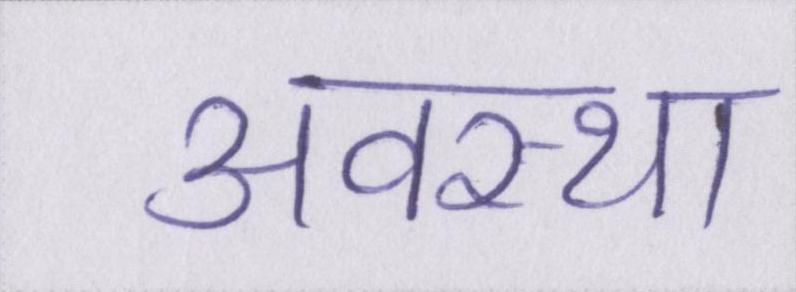
अवस्था